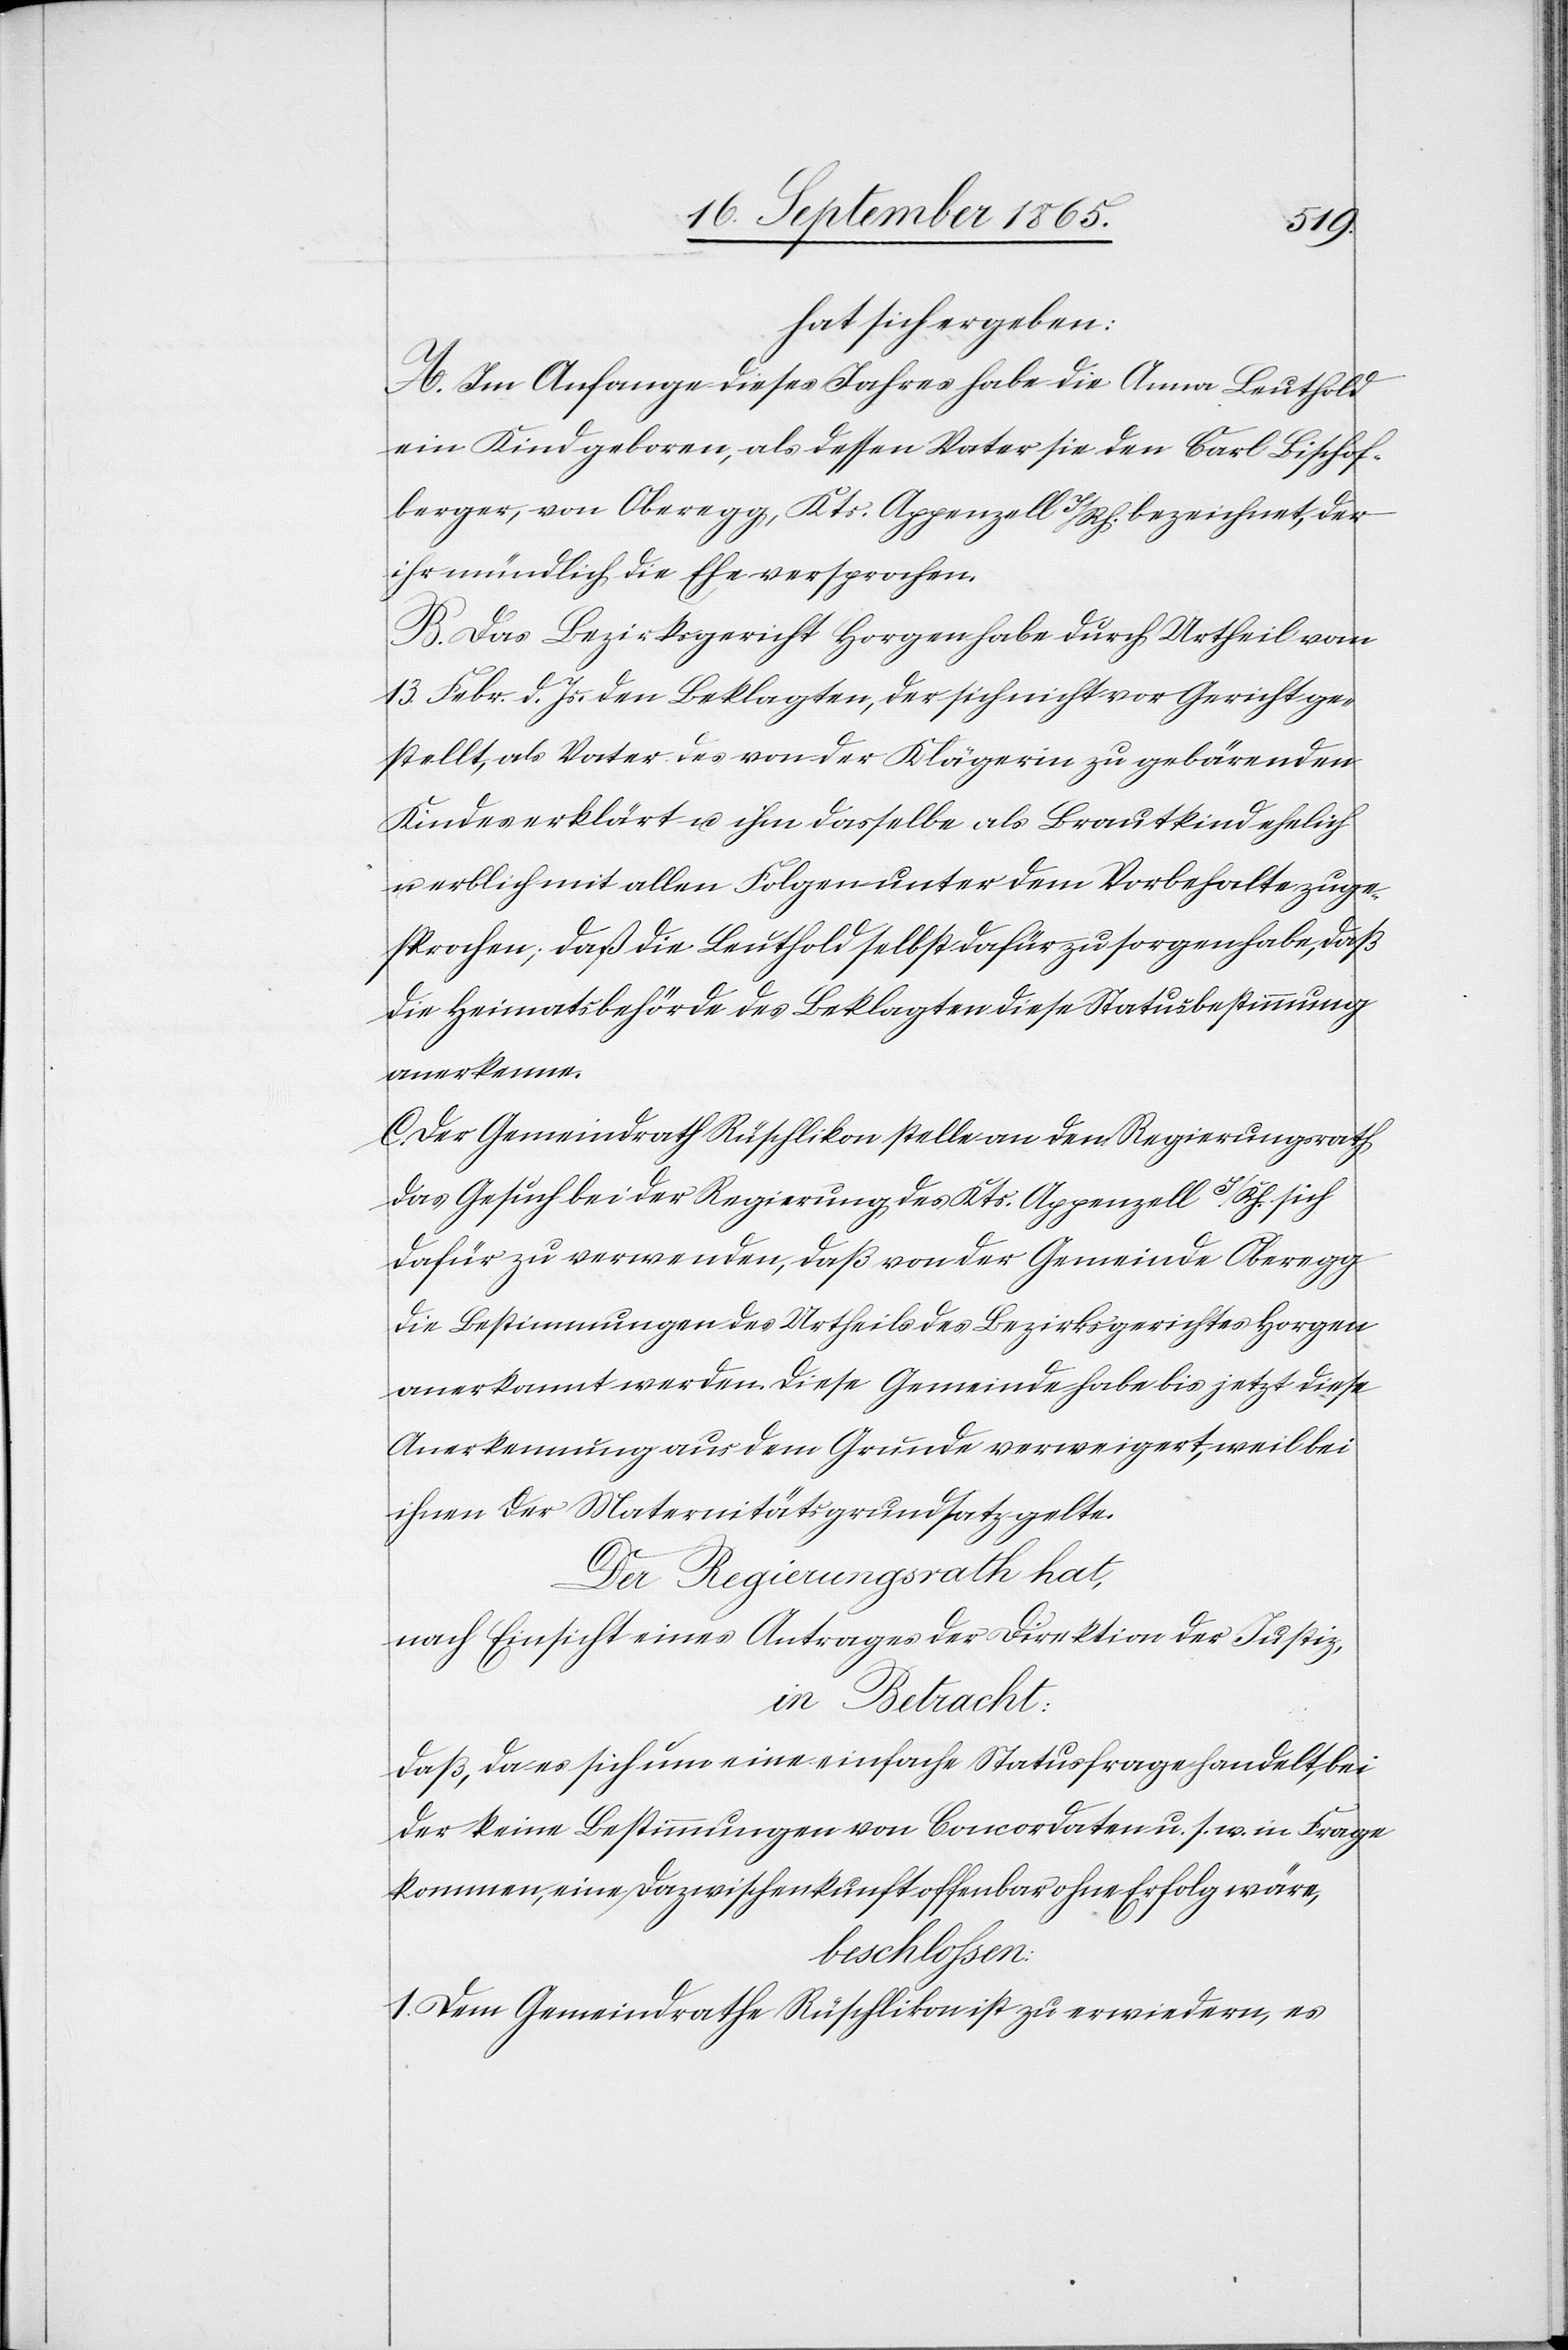
hat sich ergeben:
A. Im Anfange dieses Jahres habe die Anna Leuthold
ein Kind geboren, als dessen Vater sie den Carl Bischof¬
berger, von Oberegg, Kts. Appenzell I/Rh. bezeichnet, der
ihr mündlich die Ehe versprochen.
B. Das Bezirksrath Horgen habe durch Urtheil vom
13. Febr. d. Js. den Beklagten, der sich nicht vor Gericht ge¬
stellt, als Vater des von der Klägerin zu gebärenden
Kindes erklärt u. ihm dasselbe als Brautkind ehelich
u. erblich mit allen Folgen unter dem Vorbehalte zuge¬
sprochen, daß die Leuthold selbst dafür zu sorgen habe, daß
die Heimatsbehörde des Beklagten diese Statusbestimmung
anerkenne.
C. Der Gemeindrath Rüschlikon stelle an den Regierungsrath
das Gesuch bei der Regierung des Kts. Appenzell I/Rh. sich
dafür zu verwenden, daß von der Gemeinde Oberegg
die Bestimmungen des Urtheils des Bezirksgerichtes Horgen
anerkannt werden. Diese Gemeinde habe bis jetzt diese
Anerkennung aus dem Grunde verweigert, weil bei
ihnen der Maternitätsgrundsatz gelte.
Der Regierungsrath hat,
nach Einsicht eines Antrages der Direktion der Justiz,
in Betracht:
Daß, da es sich um eine einfache Statusfrage handelt, bei
der keine Bestimmungen von Concordaten u. s. w. in Frage
kommen, eine Dazwischenkunft offenbar ohne Erfolg wäre,
beschlossen:
1. Dem Gemeindrathe Rüschlikon ist zu erwiedern, es